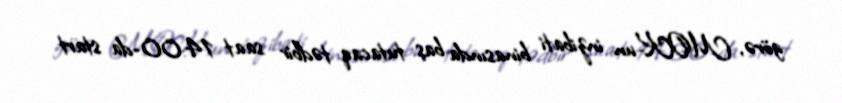
görə, MOK-un inzibati binasında baş tutacaq tədbir saat 14:00-da start